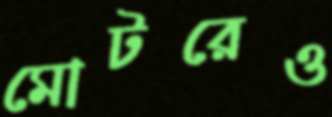
মোটরেও